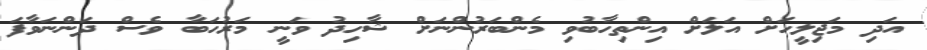
އަދި މަޖިލީހަށް އަލަށް އިންތިހާބުވި މެންބަރުންނަށް ޝާހިދު ވަނީ މަރުހަބާ ވެސް ދަންނަވާފަ